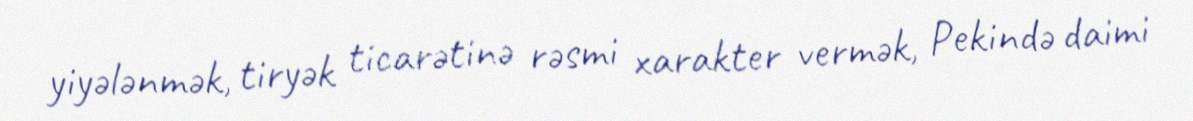
yiyələnmək, tiryək ticarətinə rəsmi xarakter vermək, Pekində daimi